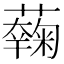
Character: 𧂲